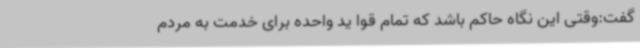
گفت:وقتی این نگاه حاکم باشد که تمام قوا ید واحده برای خدمت به مردم